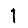
Digit: 1